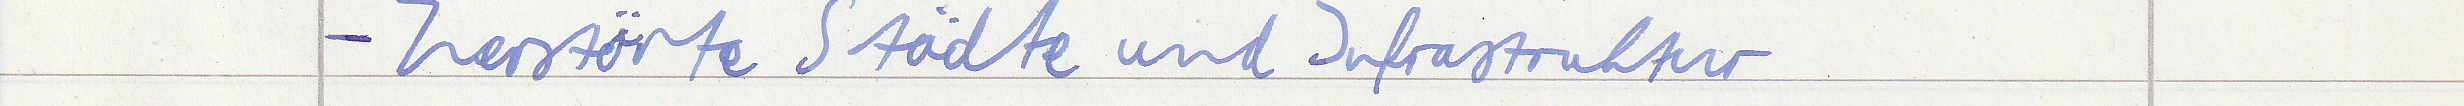
- Zerstörte Städte und Infrastruktur